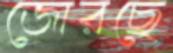
জোরছে